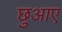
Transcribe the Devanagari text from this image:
छुआए